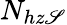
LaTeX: N_{hz\mathscr{S}}